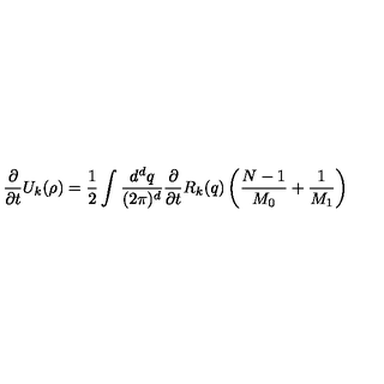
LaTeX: \frac { \partial } { \partial { t } } { U } _ { k } ( \rho ) = \frac { 1 } { 2 } \int \frac { { d } ^ { d } { q } } { ( 2 \pi ) ^ { d } } \frac { \partial } { \partial { t } } { R } _ { k } ( { q } ) \left( \frac { { N } - 1 } { { M } _ { 0 } } + \frac { 1 } { { M } _ { 1 } } \right)